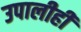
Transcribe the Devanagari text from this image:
उपालीही